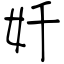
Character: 奷